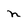
Character: n